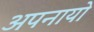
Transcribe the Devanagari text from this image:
अपनायो